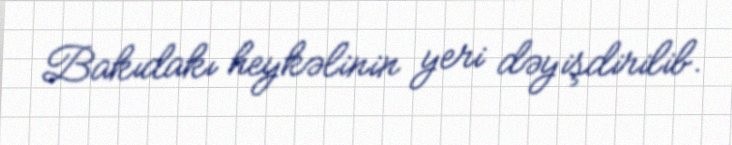
Bakıdakı heykəlinin yeri dəyişdirilib.